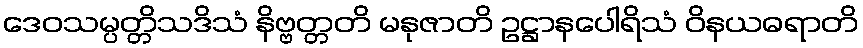
ဒေဝသမ္ပတ္တိသဒိသံ နိဗ္ဗတ္တတိ မနုဇာတိ ဥဋ္ဌာနပေါရိသံ ဝိနယဓရာတိ